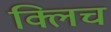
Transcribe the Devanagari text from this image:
क्लिच